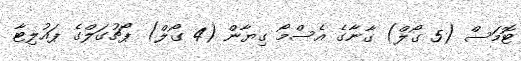
ޓޮމަސް (5 ގޯލް) ގާނާގެ އެސްމޯ ގިޔާން (4 ގޯލް) ޕޯޗުގަލްގެ ޕައުލިޓާ